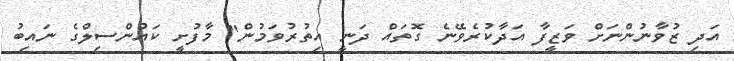
އަދި ޒުވާނުންނަށް ވަޒީފާ އަދާކުރެވޭނެ ގޮތައް ދަނީ އިތުރުވަމުން" މާފުށީ ކައުންސިލްގެ ނައިބު